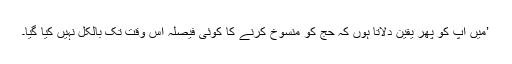
’میں آپ کو پھر یقین دلاتا ہوں کہ حج کو منسوخ کرنے کا کوئی فیصلہ اس وقت تک بالکل نہیں کیا گیا۔